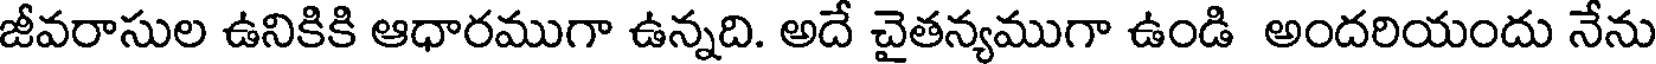
జీవరాసుల ఉనికికి ఆధారముగా ఉన్నది. అదే చైతన్యముగా ఉండి అందరియందు నేను